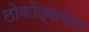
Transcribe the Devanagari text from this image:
लोकोत्सवात